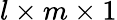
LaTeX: l\times m\times 1